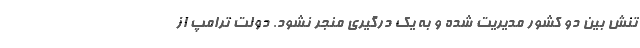
تنش بین دو کشور مدیریت شده و به یک درگیری منجر نشود. دولت ترامپ از